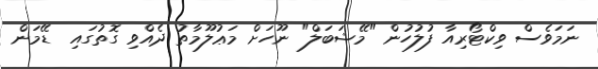
ނަމަވެސް ވިކްޓޯރިއާ ފުލުހުން "މޭޝަބަލް" ނޫހަށް މަޢުލޫމާތު ދެއްވި ގޮތުގައި  ޑޭމަން